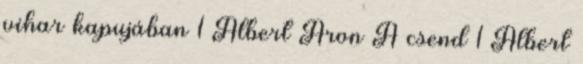
vihar kapujában 1 Albert Áron A csend 1 Albert